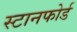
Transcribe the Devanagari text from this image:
स्टानफोर्ड